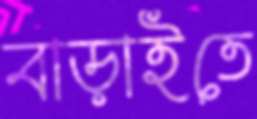
বাড়াইতে